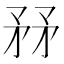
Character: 𥍤